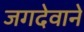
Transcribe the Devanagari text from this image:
जगदेवाने